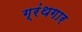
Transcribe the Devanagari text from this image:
ग्रंथगार